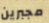
مجبرين